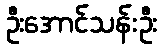
ဦးအောင်သန်းဦး